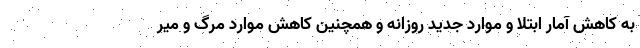
به کاهش آمار ابتلا و موارد جدید روزانه و همچنین کاهش موارد مرگ و میر